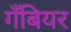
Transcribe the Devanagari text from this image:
गँबियर